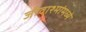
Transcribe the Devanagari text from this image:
जीवाश्मांमध्ये